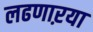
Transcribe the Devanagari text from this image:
लढणाऱया